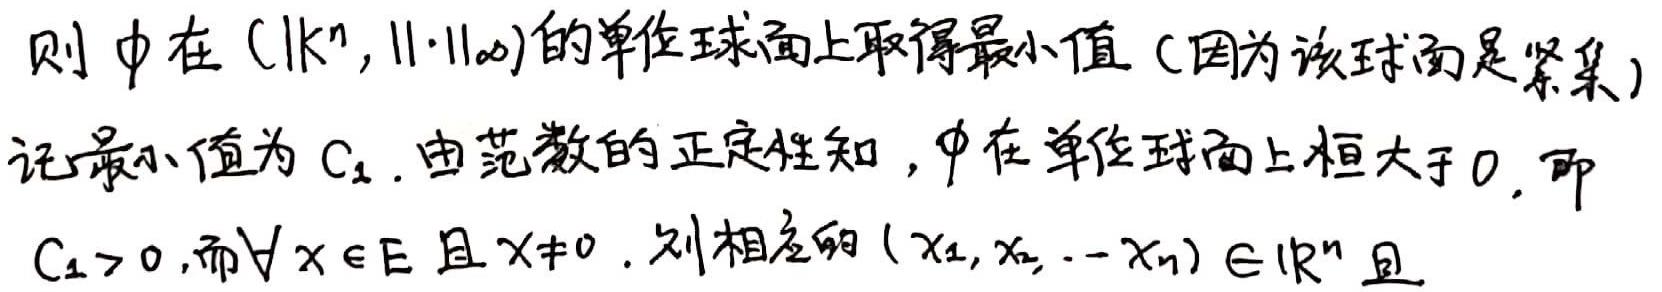
则$\phi$在$(\mathbb{R}^n, \|\cdot\|_{\infty})$的单位球面上取得最小值（因为该球面是紧集）. 记最小值为$C_1$. 由范数的正定性知，$\phi$在单位球面上恒大于$0$，即$C_1 > 0$. 而$\forall x \in E$且$x\neq 0$. 则相应的$(x_1,x_2,\cdots,x_n) \in \mathbb{R}^n$且